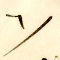
٦